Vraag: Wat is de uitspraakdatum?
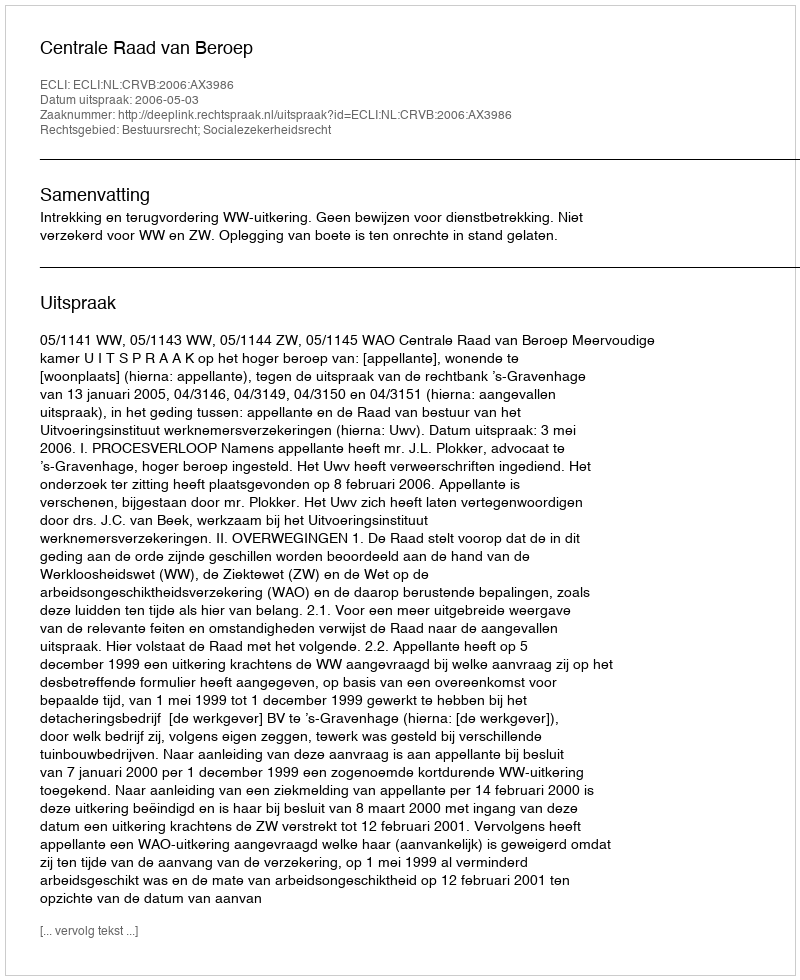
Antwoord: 2006-05-03